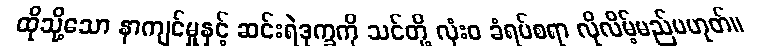
ထိုသို့သော နာကျင်မှုနှင့် ဆင်းရဲဒုက္ခကို သင်တို့ လုံးဝ ခံရပ်စရာ လိုလိမ့်မည်မဟုတ်။